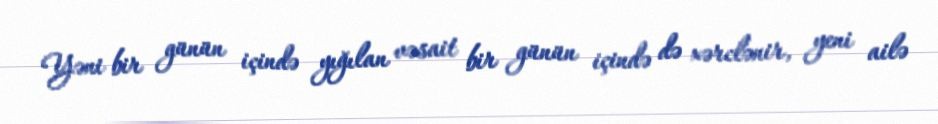
Yəni bir günün içində yığılan vəsait bir günün içində də xərclənir, yeni ailə